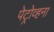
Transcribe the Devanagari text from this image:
पेट्रोव्हना